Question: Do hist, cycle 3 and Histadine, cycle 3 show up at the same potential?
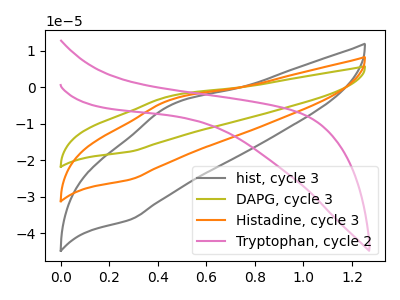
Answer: <think>The gray curve "hist, cycle 3" has an anodic peak at (0.45V, -5.00uA) and a cathodic peak at (0.30V, -36.25uA). The olive curve "DAPG, cycle 3" has an anodic peak at (0.45V, -6.95uA) and a cathodic peak at (0.30V, -50.55uA). The orange curve "Histadine, cycle 3" has an anodic peak at (0.45V, -3.50uA) and a cathodic peak at (0.30V, -25.25uA). The pink curve "Tryptophan, cycle 2" has no peaks.
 All the peaks in "hist, cycle 3" have a peak in "Histadine, cycle 3" at the same potential.</think>
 <answer>"hist, cycle 3" and "Histadine, cycle 3" are similar in shape.</answer>
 <eval>same_shape</eval>